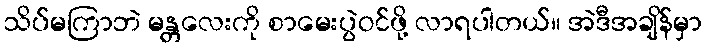
သိပ်မကြာဘဲ မန္တလေးကို စာမေးပွဲဝင်ဖို့ လာရပါတယ်။ အဲဒီအချိန်မှာ